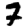
Digit: 7